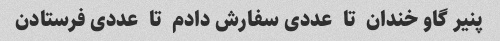
پنیر گاو خندان  تا  عددی سفارش دادم  تا  عددی فرستادن